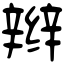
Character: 辫